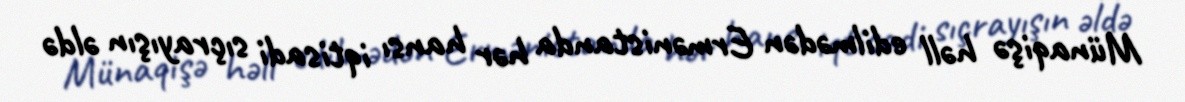
Münaqişə həll edilmədən Ermənistanda hər hansı iqtisadi sıçrayışın əldə